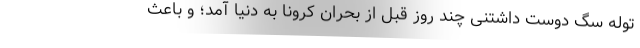
توله سگ دوست داشتنی چند روز قبل از بحران کرونا به دنیا آمد؛ و باعث